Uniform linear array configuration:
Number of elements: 32
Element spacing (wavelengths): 0.75
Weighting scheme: hann
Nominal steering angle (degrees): -60
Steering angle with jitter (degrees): -60.721
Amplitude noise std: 0.05
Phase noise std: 0.05

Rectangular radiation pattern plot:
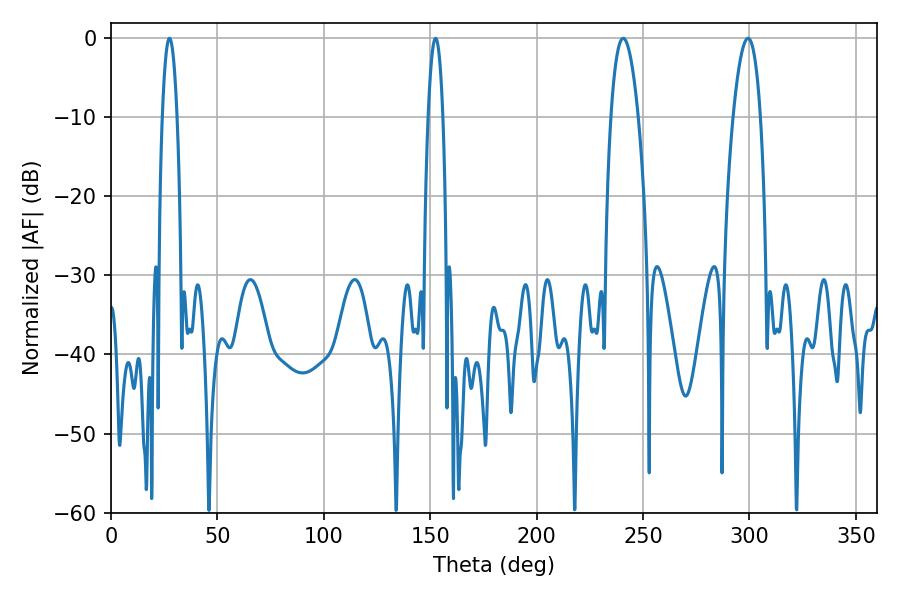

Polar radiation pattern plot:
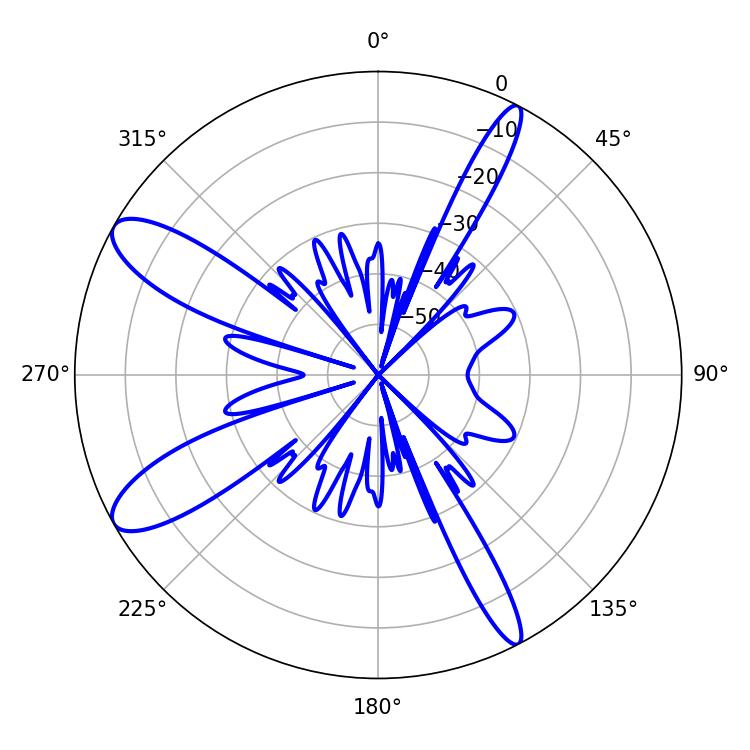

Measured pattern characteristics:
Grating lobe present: TRUE
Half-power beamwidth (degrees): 7.02
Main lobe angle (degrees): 240.66